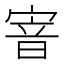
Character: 𡩘